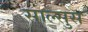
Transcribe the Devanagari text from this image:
साल्सुस